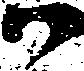
尉